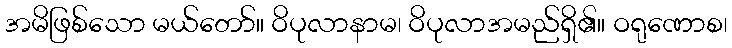
အမိဖြစ်သော မယ်တော်။ ဝိပုလာနာမ၊ ဝိပုလာအမည်ရှိ၏။ ဝရုဏောစ၊